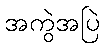
အကွဲအပြဲ